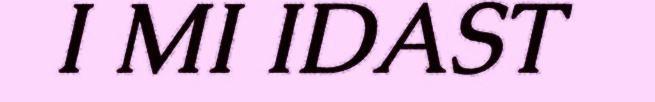
I MI IDAST